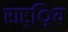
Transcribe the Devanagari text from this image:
राष्ट््रिय